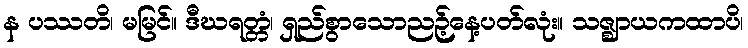
န ပဿတိ၊ မမြင်။ ဒီဃရတ္တံ၊ ရှည်စွာသောညဉ့်နေ့ပတ်လုံး။ သဇ္ဈာယကထာပိ၊